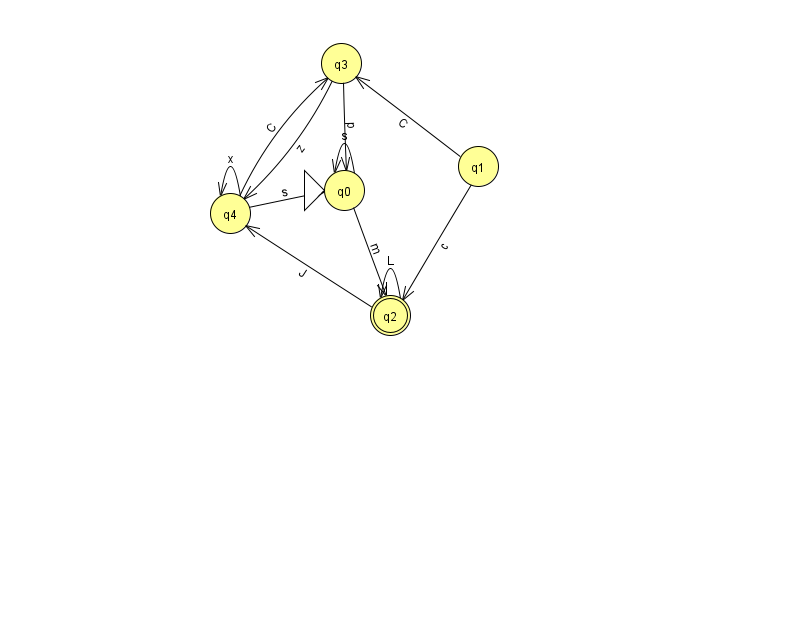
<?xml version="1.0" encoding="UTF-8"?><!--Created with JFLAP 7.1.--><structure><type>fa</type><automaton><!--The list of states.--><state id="0" name="q0"><x>344.0</x><y>177.0</y><initial/></state><state id="1" name="q1"><x>478.0</x><y>153.0</y></state><state id="2" name="q2"><x>390.0</x><y>302.0</y><final/></state><state id="3" name="q3"><x>341.0</x><y>50.0</y></state><state id="4" name="q4"><x>230.0</x><y>200.0</y></state><!--The list of transitions.--><transition><from>4</from><to>3</to><read>C</read></transition><transition><from>1</from><to>2</to><read>c</read></transition><transition><from>0</from><to>0</to><read>s</read></transition><transition><from>0</from><to>2</to><read>m</read></transition><transition><from>1</from><to>3</to><read>C</read></transition><transition><from>4</from><to>4</to><read>x</read></transition><transition><from>3</from><to>0</to><read>p</read></transition><transition><from>3</from><to>4</to><read>z</read></transition><transition><from>4</from><to>0</to><read>s</read></transition><transition><from>2</from><to>2</to><read>L</read></transition><transition><from>2</from><to>4</to><read>J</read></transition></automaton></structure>